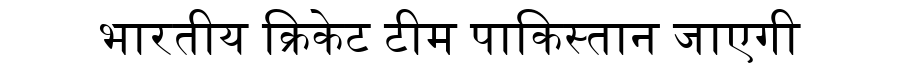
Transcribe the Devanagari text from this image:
भारतीय क्रिकेट टीम पाकिस्तान जाएगी